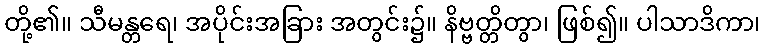
တို့၏။ သီမန္တရေ၊ အပိုင်းအခြား အတွင်း၌။ နိဗ္ဗတ္တိတွာ၊ ဖြစ်၍။ ပါသာဒိကာ၊